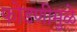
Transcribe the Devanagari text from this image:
फोडणीमुळे